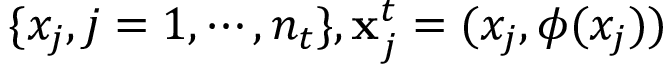
\{ x _ { j } , j = 1 , \cdots , n _ { t } \} , \mathbf { x } _ { j } ^ { t } = ( x _ { j } , \phi ( x _ { j } ) )